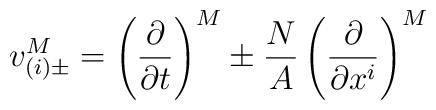
v_{(i)\pm}^M = \left(\frac{\partial}{\partial t}\right)^M   \pm \frac{N}{A}\left(\frac{\partial}{\partial x^i}\right)^M